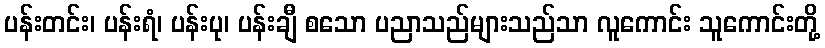
ပန်းတင်း၊ ပန်းရံ၊ ပန်းပု၊ ပန်းချီ စသော ပညာသည်များသည်သာ လူကောင်း သူကောင်းတို့